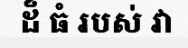
ដ៏ ធំ របស់ វា